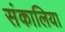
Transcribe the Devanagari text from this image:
संकालिया